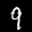
Label: 9